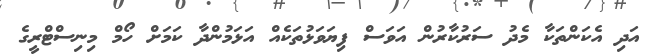
އަދި އެކަންތަކާ މެދު ސަރުކާރުން އަވަސް ފިޔަވަޅުތަކެއް އަޅަމުންދާ ކަމަށް ހޯމް މިނިސްޓްރީގެ